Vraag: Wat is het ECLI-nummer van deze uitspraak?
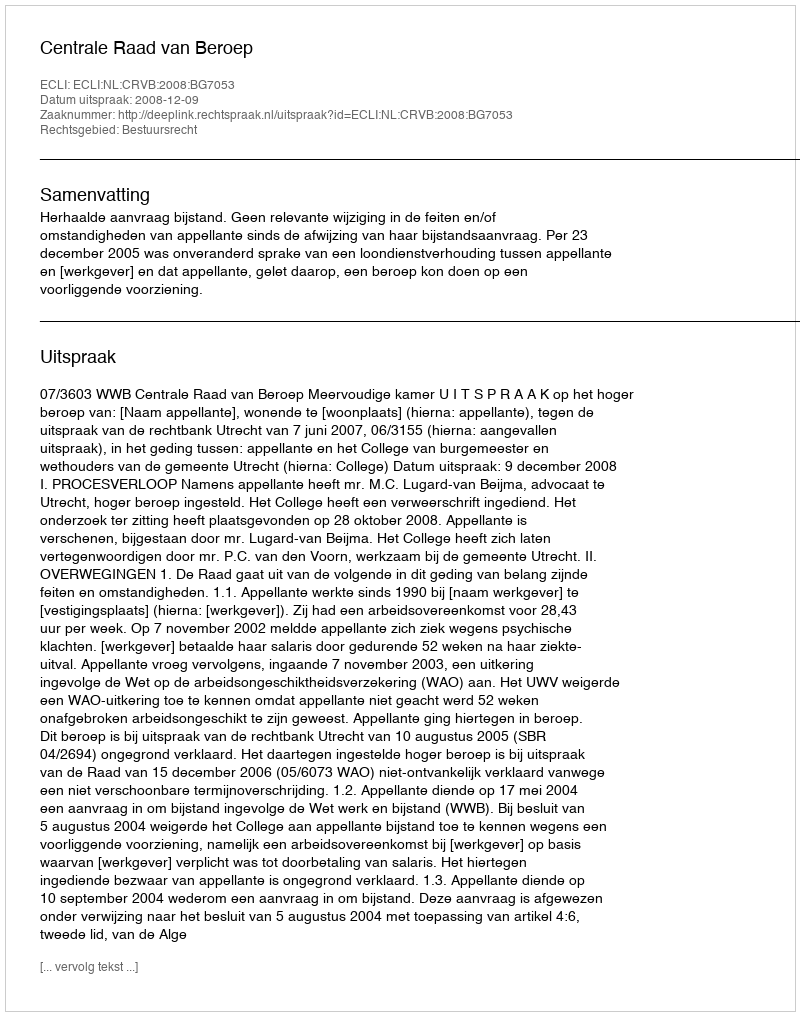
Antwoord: ECLI:NL:CRVB:2008:BG7053